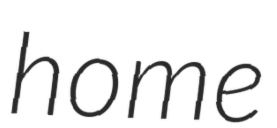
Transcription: home